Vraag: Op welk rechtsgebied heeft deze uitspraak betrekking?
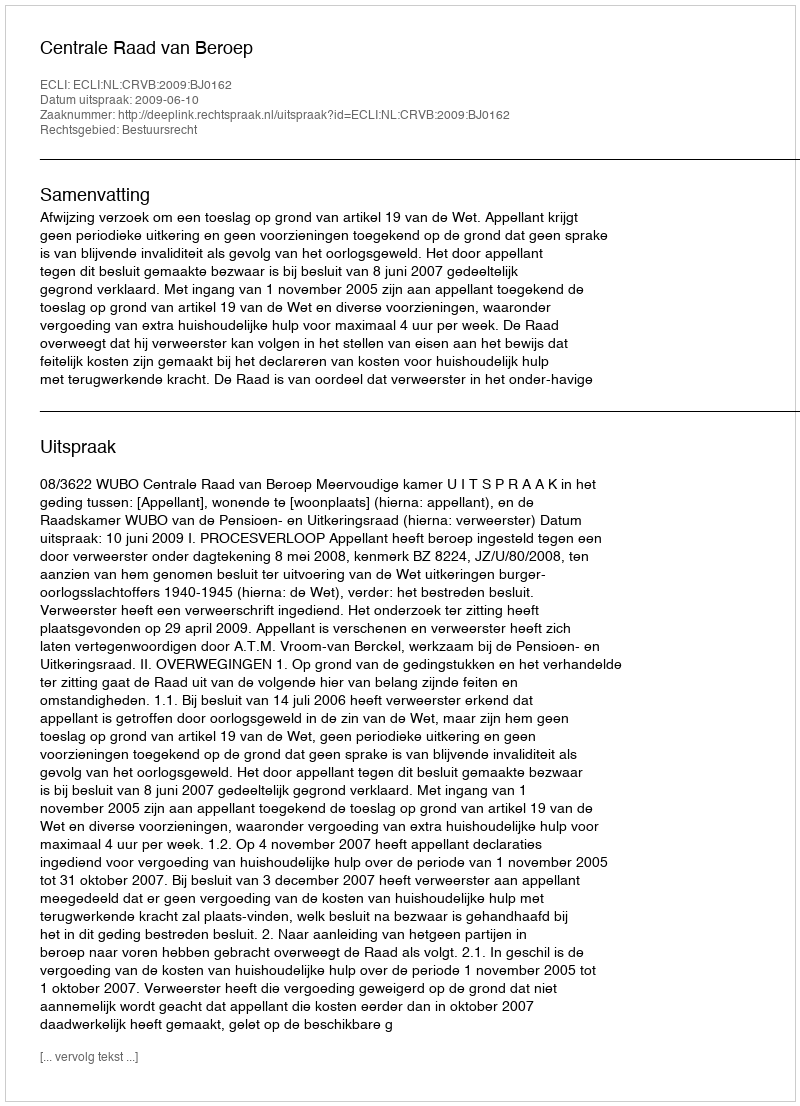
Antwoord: Bestuursrecht